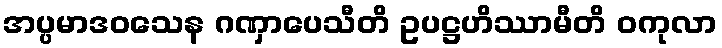
အပ္ပမာဒဝသေန ဂဏှာပေသီတိ ဥပဋ္ဌဟိဿာမီတိ ဝကုလာ